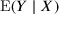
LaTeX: \operatorname { E } ( Y \mid X )